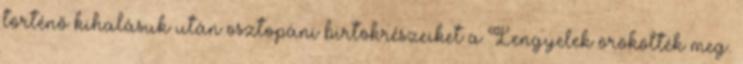
történő kihalásuk után osztopáni birtokrészeiket a Lengyelek örökölték meg.